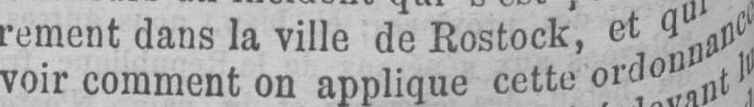
voir comment on applique cette ordonnance